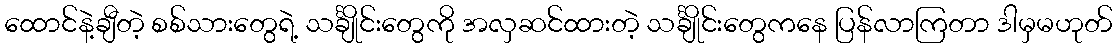
ထောင်နဲ့ချီတဲ့ စစ်သားတွေရဲ့ သင်္ချိုင်းတွေကို အလှဆင်ထားတဲ့ သင်္ချိုင်းတွေကနေ ပြန်လာကြတာ ဒါမှမဟုတ်